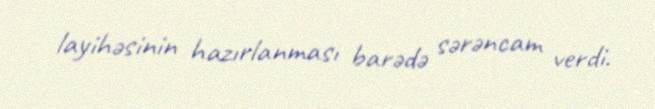
layihəsinin hazırlanması barədə sərəncam verdi.